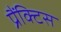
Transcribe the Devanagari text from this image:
प्रैंक्टिस